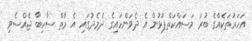
އަހަރުތަކެއްގެ ބުރަ މަސައްކަތްޕުޅުން އެ ދެވަންހައިގެ ދެމެދުގައި އެ މާތް ސާހިބާ ޖެއްސެވި